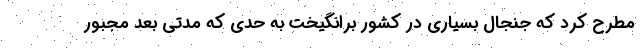
مطرح کرد که جنجال بسیاری در کشور برانگیخت به حدی که مدتی بعد مجبور